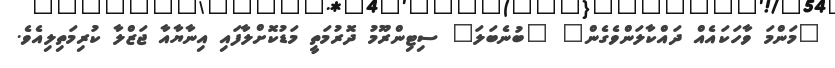
"މަންމަ ވާހަކައެއް ދައްކާލަންވެގެން" "ބުނެބަލަ" ސިޓިންރޫމު ދޮރުމަތީ މަޑުކޮށްލާފައި އިނާޔާއާ ޖަޒްލާ ކުރިމަތިލިއެވެ.